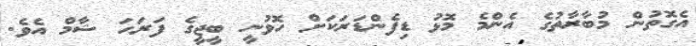
އެގޮތުން މުބާރާތުގެ އެންމެ މޮޅު ޑިފެންޑަރަކަށް ހޮވުނީ ބީޖީގެ ފަރަހަ ޝާމް އެވެ.